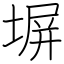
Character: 塀